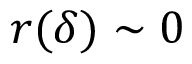
r ( \delta ) \sim 0